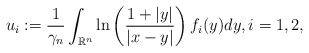
\begin{align*}u_i:=\frac{1}{\gamma_{n}}\int_{\mathbb{R}^{n}}\ln\left(\frac{1+|y|}{|x-y|}\right)f_i(y)dy,i=1,2,\end{align*}